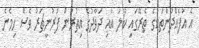
އެ އުފެއްދުންތަކުގެ ތެރޭގައި ކުލަ އާއި ދަވާދުގެ އިތުރުން ފަރުނީޗަރު ވެސް ހިމެނެ